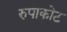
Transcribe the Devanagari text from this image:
रुपाकोट